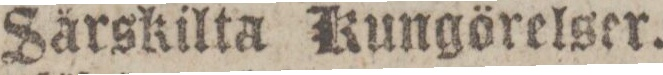
Särskilta Kungörelser.